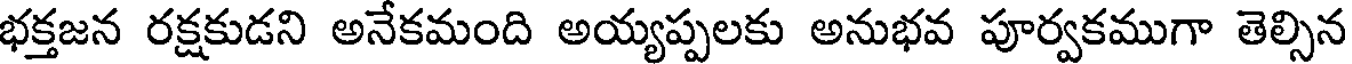
భక్తజన రక్షకుడని అనేకమంది అయ్యప్పలకు అనుభవ పూర్వకముగా తెల్సిన